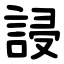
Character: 誛